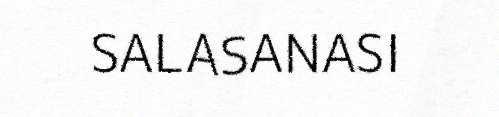
SALASANASI